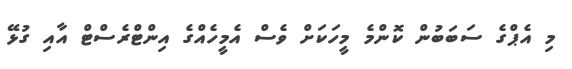
މި އެޕްގެ ސަބަބުން ކޮންމެ މީހަކަށް ވެސް އެމީހެއްގެ އިންޓްރެސްޓް އާއި ގުޅޭ